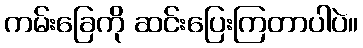
ကမ်းခြေကို ဆင်းပြေးကြတာပါပဲ။